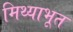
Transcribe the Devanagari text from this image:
मिथ्याभूत